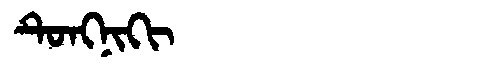
Manchu: ᡨᡠᠩᠨᡳᡴᡳ
Romanization: TUNGNIKI